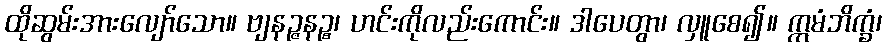
ထိုဆွမ်းအားလျော်သော။ ဗျနဉ္ဇနဉ္စ၊ ဟင်းကိုလည်းကောင်း။ ဒါပေတွာ၊ လှူစေ၍။ ဣမံဘိက္ခံ၊